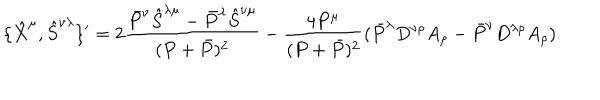
LaTeX: \{ \hat { X } ^ { \mu } , \hat { S } ^ { \nu \lambda } \} ^ { \prime } = 2 \frac { \bar { P } ^ { \nu } \hat { S } ^ { \lambda \mu } - \bar { P } ^ { \lambda } \hat { S } ^ { \nu \mu } } { ( P + \bar { P } ) ^ { 2 } } - \frac { 4 P ^ { \mu } } { ( P + \bar { P } ) ^ { 2 } } ( \bar { P } ^ { \lambda } D ^ { \nu \rho } A _ { \rho } - \bar { P } ^ { \nu } D ^ { \lambda \rho } A _ { \rho } ) . \nonumber \,